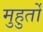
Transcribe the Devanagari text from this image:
मुहुर्तों